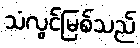
သံလွင်မြစ်သည်